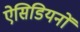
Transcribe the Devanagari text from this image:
ऐसिडियनों